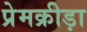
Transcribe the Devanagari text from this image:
प्रेमक्रीड़ा